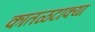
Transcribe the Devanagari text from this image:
कातळटाक्या